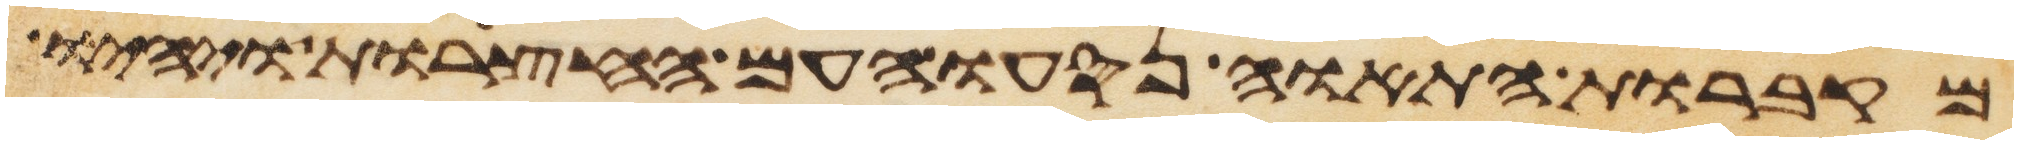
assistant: מקברות התאוה נסעו העם החצרות ויהיו